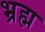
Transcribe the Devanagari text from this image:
भ्रह्म